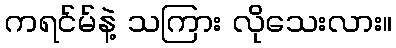
ကရင်မ်နဲ့ သကြား လိုသေးလား။